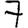
Digit: 7